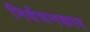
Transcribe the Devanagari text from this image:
निर्वचनकार